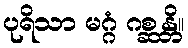
ပုရိသာ မဂ္ဂံ ဂစ္ဆန္တိ။